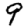
Digit: 9